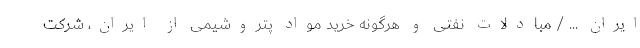
ایران ... / مبادلات نفتی و هرگونه خرید مواد پتروشیمی از ایران، شرکت